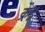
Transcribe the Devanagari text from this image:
क्रेंद्र